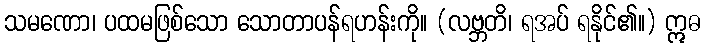
သမဏော၊ ပထမဖြစ်သော သောတာပန်ရဟန်းကို။ (လဗ္ဘတိ၊ ရအပ် ရနိုင်၏။) ဣဓ